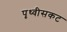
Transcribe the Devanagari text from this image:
पृथ्वीसकट